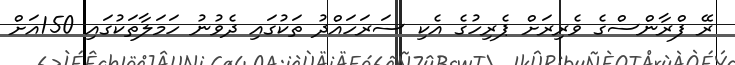
ރޭ ފްރާންސްގެ ވެރިރަށް ޕެރިހުގެ އެކި ސަރަހައްދު ތަކުގައި ދެވުނު ހަމަލާތަކުގައި 150އަށް